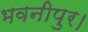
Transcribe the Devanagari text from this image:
भवनीपुर।